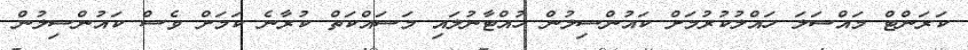
ކަރަންޓް މައްސަލަ ހައްލުކުރުމަށް ކައުންސިލުން ހުއްޓާނުލައި މަސައްކަތް ކުރާނެ ކަމަށް ވެސް ކައުންސިލުން